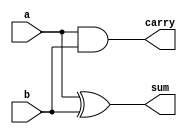
//Semisumador de dos entradas de 1 bit realizado a partir de puertas

module ha(output wire sum, carry, input wire a, b);

xor xor1(sum, a, b);
and and1(carry, a, b);

endmodule